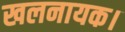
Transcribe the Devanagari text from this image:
खलनायक।